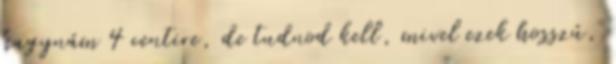
hagynám 4 centire, de tudnod kell, mivel ezek hosszú,